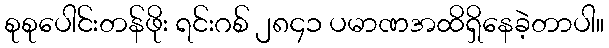
စုစုပေါင်းတန်ဖိုး ရင်းဂစ် ၂၈၄၁ ပမာဏအထိရှိနေခဲ့တာပါ။